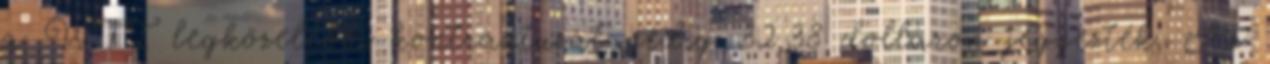
a WTI legközelebbi kontraktusát pedig 32,38 dolláron jegyezték. Az